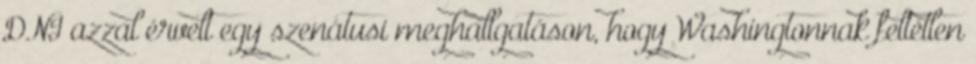
DNI azzal érvelt egy szenátusi meghallgatáson, hogy Washingtonnak feltétlen